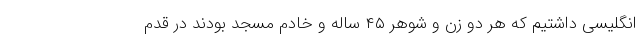
انگلیسی داشتیم که هر دو زن و شوهر ۴۵ ساله و خادم مسجد بودند در قدم